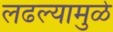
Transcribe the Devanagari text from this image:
लढल्यामुळे